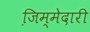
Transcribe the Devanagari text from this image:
जि़म्मेदारी